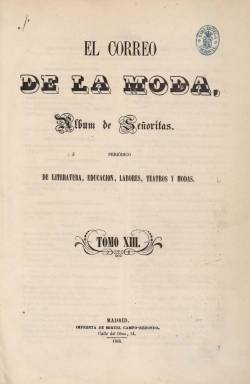
Título: El Correo de la moda (1865)
Otros títulos: Título de la portada de tomo: Correo de la moda, Álbum de las señoritas, 1865-<1866> || Álbum de señoritas || Educanda
Colección: Revistas femeninas || Moda
Ámbito geográfico: Madrid
Lugar de publicación: Madrid
Fechas: 08/01/1865-26/12/1892

Fundado el uno de noviembre de 1851, se publicó con este título hasta diciembre de 1852, uniéndose, en enero 1853, con la revista del mismo carácter Álbum de señoritas (1852), formando la cabecera Álbum de señoritas y Correo de la moda, que integran también sendas colecciones digitalizadas de la hemeroteca digital de la Biblioteca Nacional de España. A partir del ocho de enero de 1865, en su décimo quinto año de edición y número 578, continúa de nuevo la colección digitalizada, con el título El correo de la moda, esta revista femenina que fue de las más longevas de su género en el siglo diecinueve, con contenidos no sólo dedicados a la moda o labores, con bellos figurines iluminados, sino a la instrucción social, moral, religiosa o histórica y, especialmente, a la creación en prosa y verso protagonizada por las escritoras españolas que habían iniciado su carrera literaria en la época isabelina. La revista seguirá siendo propiedad y dirigida por el editor Pedro José de la Peña, hasta su fallecimiento en agosto de 1867, asumiendo su dirección, a partir del 24 de diciembre de ese año, la escritora Ángel Grassi (viuda) de Cuenca (1823-1883), hasta que, al fallecer ésta, la asumirá, en octubre de 1883, su amiga y también escritora Joaquina García Balmaseda (1837-1911), polígrafa consagrada a la emancipación de la condición social femenina, pero inmersa en el neocatolicismo imperante de la época isabelina, primera mujer que hablaría en el Paraninfo de la Universidad Central y directora del Ateneo de Señoras, que a partir de contraer matrimonio, en 1883, firmará como Joaquina Balmaseda de González, aunque también usará el seudónimo La Baronesa de Olivares, entre otros.

El Correo de la moda seguirá publicándose hasta el 26 de diciembre de 1893 (Cazottes: 1982), coincidiendo con el fallecimiento del que había sido su último propietario, el editor Juan Muñoz Sánchez. Mantiene el subtítulo: “periódico de literatura, educación, labores, teatros y modas”, y sigue apareciendo en entregas semanales en torno a la decena de páginas, con un sumario bajo la cabecera e incluyendo láminas con figurines iluminados, tanto de Le Moniteur de la Mode (París: 1843-1913) como los estampados por la propia revista en la litografía madrileña de J. Aragón, además de otros grabados en blanco y negro, tanto dentro como fuera de texto, a veces a doble plana, con dibujos y patrones para hacer labores.

Mantiene también sus secciones fijas y a sus principales redactores. El historiador Antonio Pirala Criado (1824-1903) como autor asiduo de su sección Instrucción, que a partir de 1866 firmarán Antonio Trueba o Ángela Grassi; Revista de Madrid, firmada por Antonio Fernández Grillo, Rafael Serrano Alcázar o Carolina Sorel; Revista de modas, firmada por Aurora Pérez Mirón (seudónimo de Joaquina García Balmaseda); Poesías, de una larga nómina de literatos y literatas, como Antonio Arnao, Rafael Serrano Alcázar, Josefa Crespo, Antonia Díez de Lamarque, Clotilde Aurora Príncipe, Elvira Solís Greppi, Joaquina García Balmaseda, Francisca Carlota de Riego y Pica, Emilia Mijares del Real o Micaela de Silva; Novelas, cuentos y leyendas, de autoras como Joaquina García Balmaseda, Micaela de Silva, Ángela Grassi o Camila Avilés; Teatros, firmada por Diego de Rivera, o Labores, a cargo también de Joaquina García Balmaseda. Asimismo, publica textos de viajes, biografías de mujeres célebres, artículos de moral o variedades y anécdotas. Entre sus redactoras y redactores y colaboradoras también cuenta con Dolores Cabrera, Faustina Sáez de Melgar, Pilar Sinués de Marco y Heredia, Enriqueta Madoz, Enrique Castillo Alba, Vicente García Miranda o José Sánchez Viedma. Destacan también en las páginas de esta revista las traducciones del inglés o francés como las llevadas a cabo por Faustina Sáez del Melgar o, del italiano, entre 1876 y 1884, por Emilia Quintero y Calé, así como las de Elena Cerrada, María Antonia González de Anieva, Josefa Pujol o Pedro Amo.

En 1866, El Correo de la moda absorberá la revista dirigida también al público femenino La educanda (1861-1865), que el editor José de la Peña había adquirido en octubre de 1862, y que forma parte también de la colección digital de la Biblioteca Nacional de España. El dos de enero de 1874, en su XXIV año de edición, El Correo de la moda reinicia la numeración de sus entregas, compuestas ahora a tres columnas, y apareciendo los días 2, 10, 18 y 26 de cada mes, con una mayor profusión de grabados en blanco y negro entre sus textos, ocupando uno de ellos su primera plana y un buen número en una hoja plegada con patrones de labores. También algunas entregas van acompañadas por una partitura musical. Aparece indicado, bajo un bello grabado de su cabecera, el nombre de su directora: Ángela Grassi, así como el nombre de su editor y propietario: Carlos Grassi. Indicando también que “se publica en diez distintos idiomas”, tiró varias ediciones, entre ellas una ordinaria y otra de lujo. Siguió siendo una de las revistas más representativas de la prensa decimonónica de modas, salones y literatura de autoras españolas, dirigida a un público femenino de la “buena” sociedad, con un propósito de lograr mejorar la cultura de una burguesía y aristocracia interesadas no sólo en la moda, tal como señalan Andréu (1982) y Jiménez Morell (1992).

Según su índice anual de 1886, cuando su editor propietario era Gregorio Estrada, en su sección literaria seguían escribiendo Rosario de Acuña, Joaquina Alcalá de la Calle, Robustiana Armiño de Cuenca, Filomena Dato, Leopolda Gassó y Vidal, Concepción Gimeno de Flaquer, Carmen Gil, Clemencia Larra, Blanca de los Ríos o Adela Riquelme de Trechuelo, además de Joaquina García Balmaseda. Entre los escritores aparecen las firmas de Antonio Arnao, Rafael Altamira, Gustavo A. Baz, Juan Bautista Cámara, Eduardo de Cortazar, Juan Criado y Domingo o José Echegaray.

Entre la bibliografía sobre las revistas femeninas españolas del siglo diecinueve y las escritoras que las protagonizaron, además de las citadas, cabe mencionar, entre otras, las siguientes referencias: Simón Palmer (1975, 1991 y 1993), Mercedes Roig (1990), Íñigo Sánchez Llama (2001), F. Sánchez Hernández (2009), Andrea Smith (2009), Dolores Thion Soriano-Mollá (2011), Concepción Núñez Rey (2014) o Palomo Vázquez (2014).